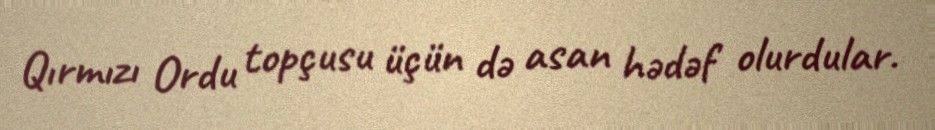
Qırmızı Ordu topçusu üçün də asan hədəf olurdular.